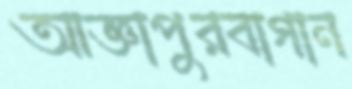
আজ্ঞাপুরবাগান